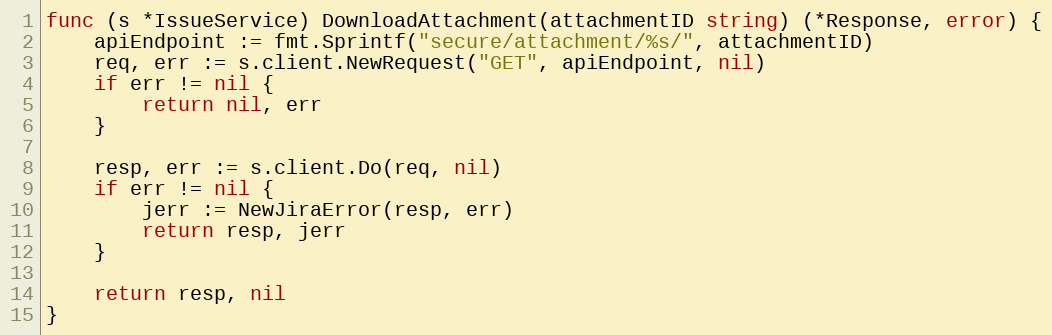
Language: Go
func (s *IssueService) DownloadAttachment(attachmentID string) (*Response, error) {
	apiEndpoint := fmt.Sprintf("secure/attachment/%s/", attachmentID)
	req, err := s.client.NewRequest("GET", apiEndpoint, nil)
	if err != nil {
		return nil, err
	}

	resp, err := s.client.Do(req, nil)
	if err != nil {
		jerr := NewJiraError(resp, err)
		return resp, jerr
	}

	return resp, nil
}